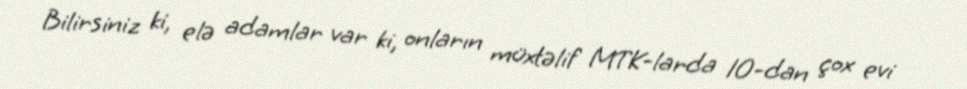
Bilirsiniz ki, elə adamlar var ki, onların müxtəlif MTK-larda 10-dan çox evi